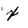
Character: x